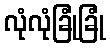
လုံလုံခြုံခြုံ